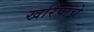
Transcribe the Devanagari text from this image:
खरिपाचे